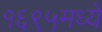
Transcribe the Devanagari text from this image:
१६९५मध्ये